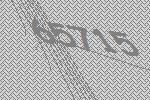
65715